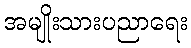
အမျိုးသားပညာရေး